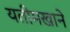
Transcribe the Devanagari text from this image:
यतीमखाने